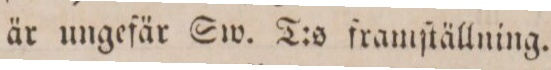
är ungefär Sw. T:s framſtällning.